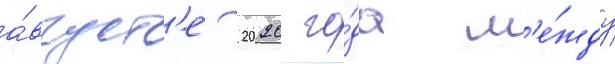
а́вгуст'е 2020 го́да м'е́жду